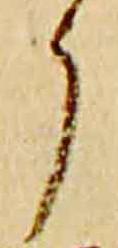
了